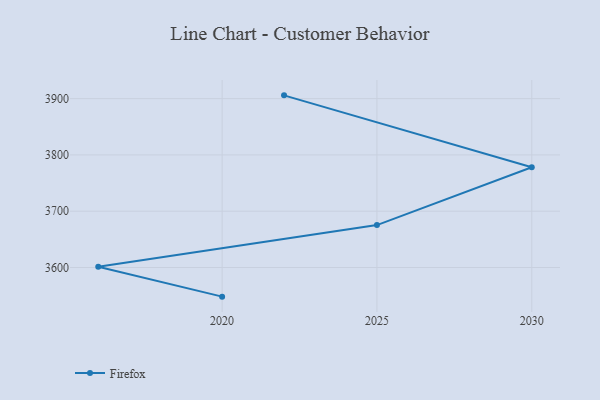
{"axis": {"x": "Year", "y": "Waste Production (Tons)"}, "legend": ["Firefox"], "data": [{"x": "2020", "y": 3548.2, "type": "Firefox"}, {"x": "2016", "y": 3601.3, "type": "Firefox"}, {"x": "2025", "y": 3675.3, "type": "Firefox"}, {"x": "2030", "y": 3778.1, "type": "Firefox"}, {"x": "2022", "y": 3905.8, "type": "Firefox"}]}